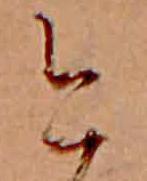
今